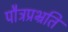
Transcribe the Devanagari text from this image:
पौत्रप्रभ्रति